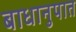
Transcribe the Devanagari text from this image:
बाधानुपात